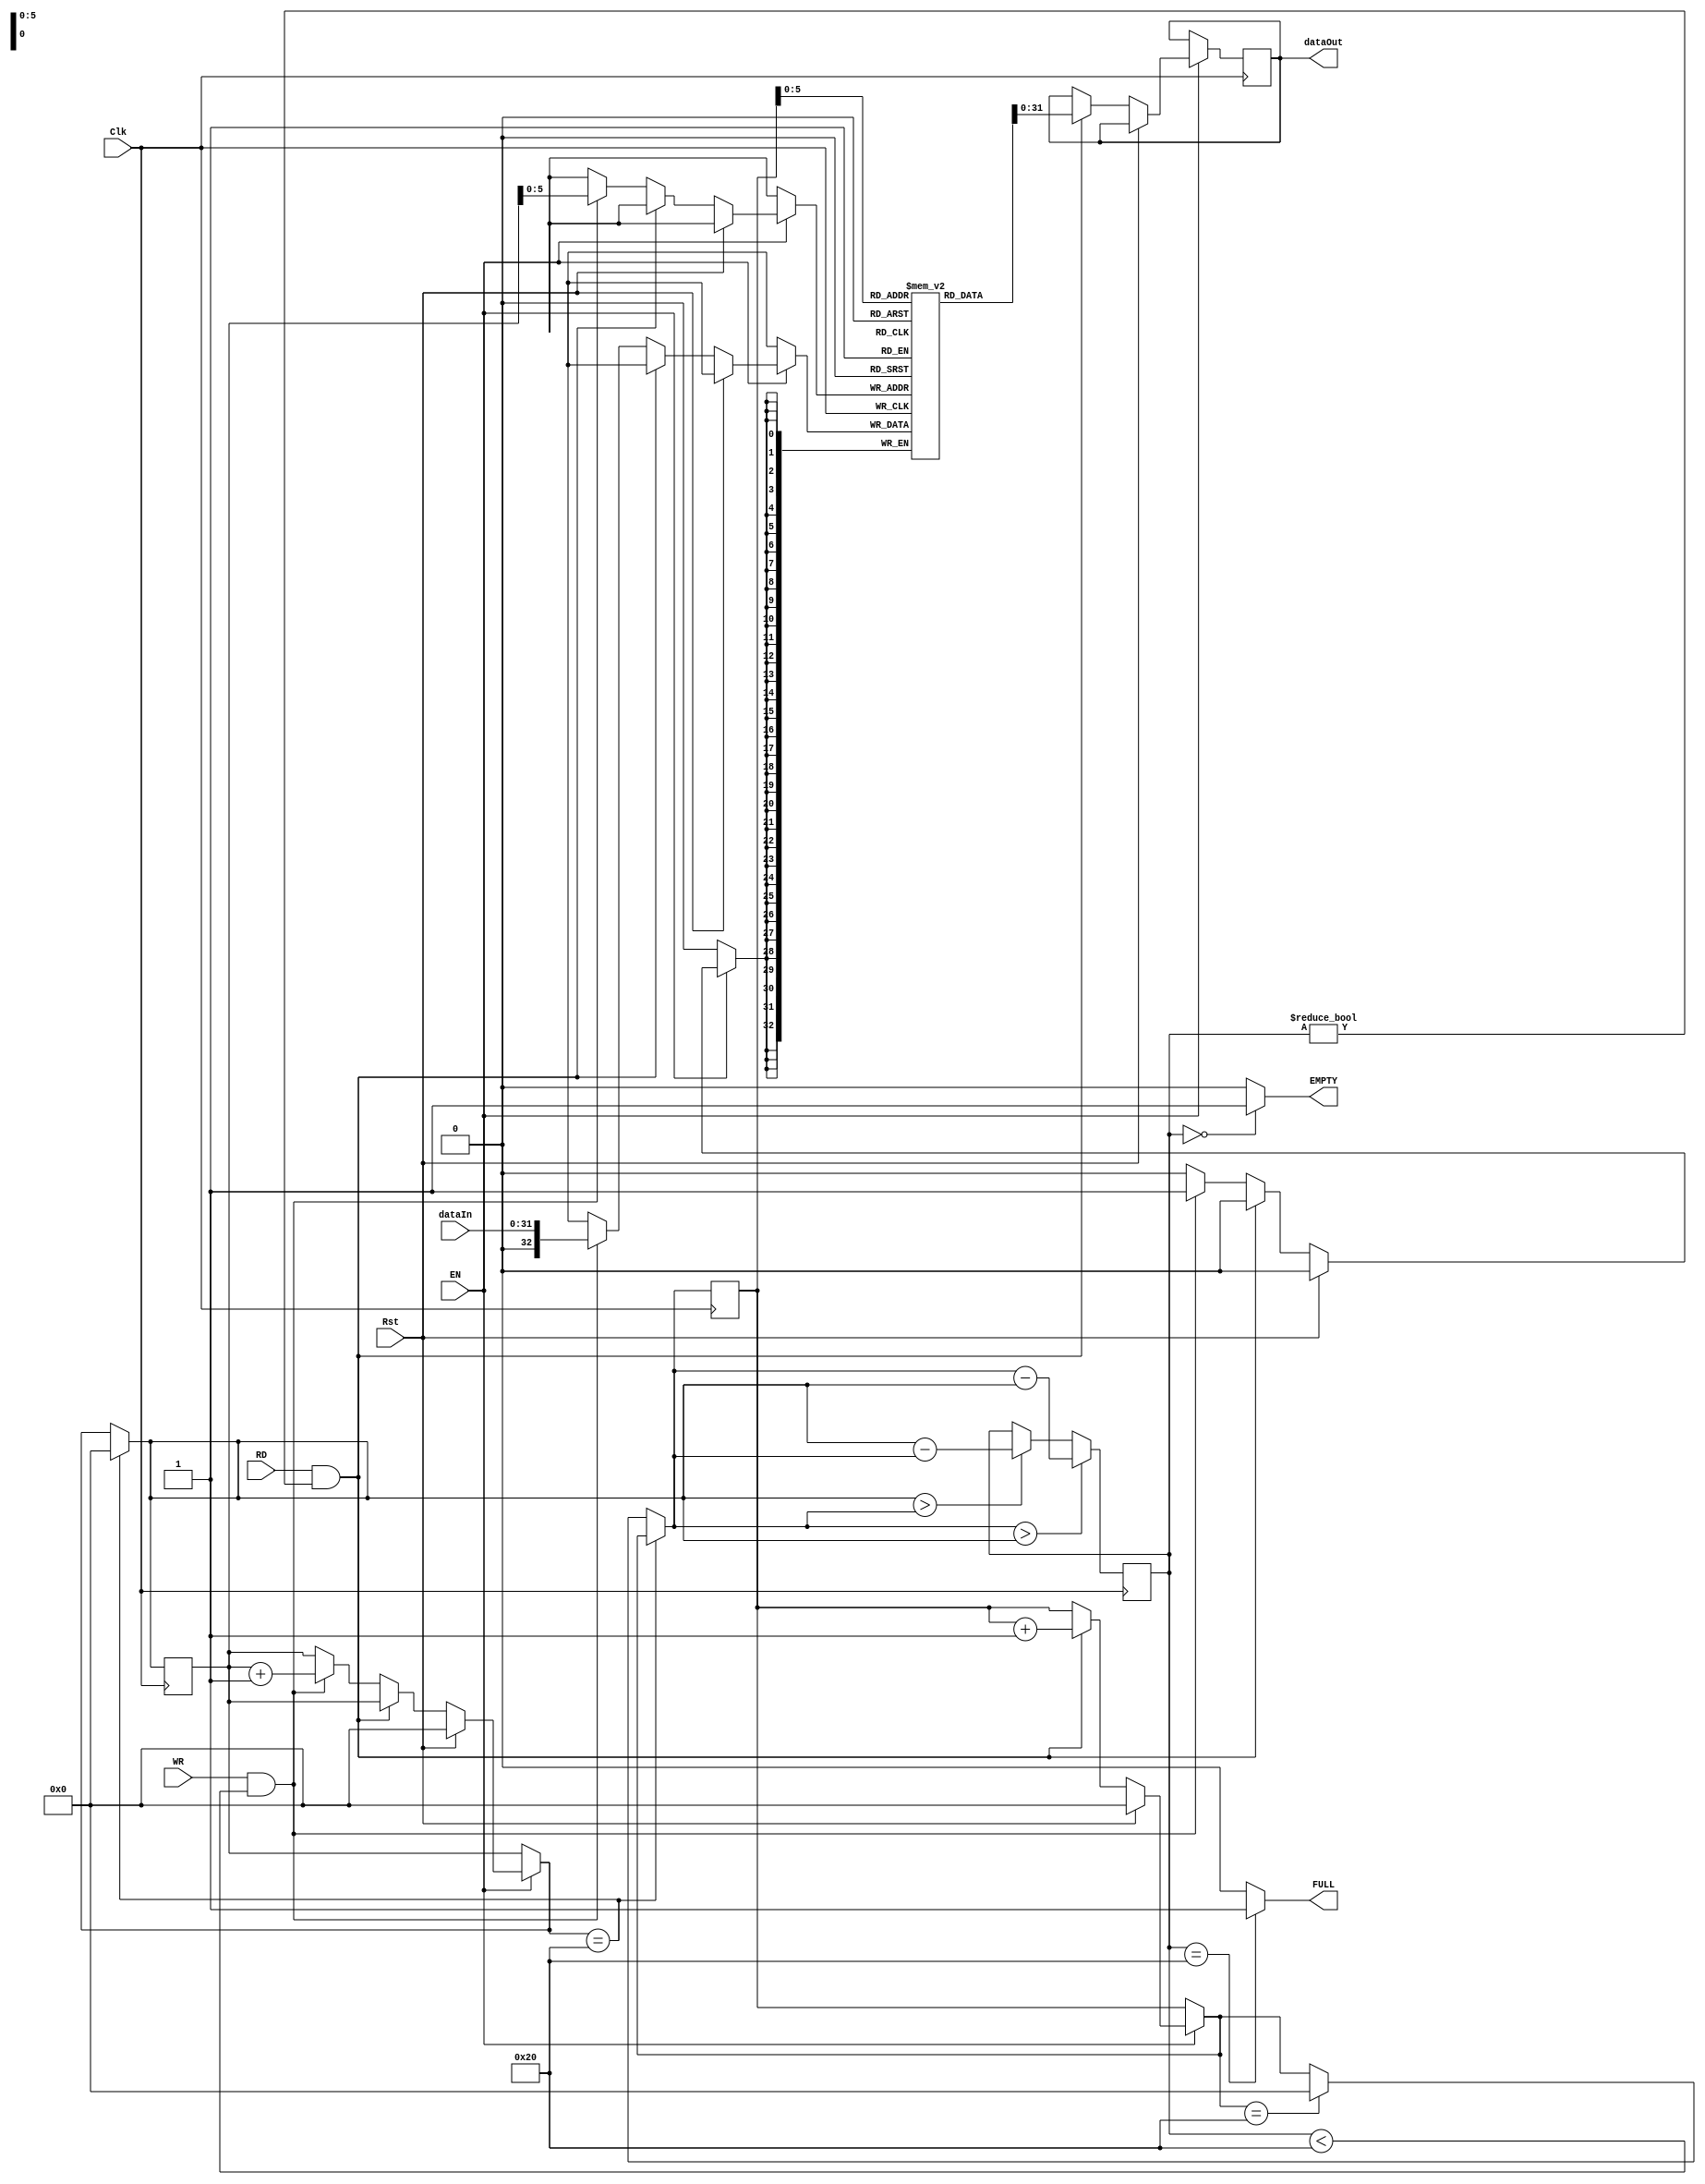
module FIFObuffer 
#(parameter data_size=32,
parameter data_alloc=32,
parameter rdwd_c_bit=($clog2(data_alloc)+1)
)

( Clk,dataIn,RD,WR,EN,dataOut,Rst,EMPTY,FULL); 


input  Clk,RD,WR,EN,Rst;
output  EMPTY, FULL;

input   [data_size-1:0] dataIn;
output reg [data_size-1:0] dataOut; // internal registers 

reg [rdwd_c_bit:0]  Count = 0; 
reg [data_size:0] FIFO [0:data_alloc]; 
reg [rdwd_c_bit:0]  readCounter = 0,writeCounter = 0; 

assign EMPTY = (Count==0)? 1'b1:1'b0; 
assign FULL = (Count==data_alloc)? 1'b1:1'b0; 

always @ (posedge Clk) 
begin 
 if (EN==0); 

 else
  begin 
  if (Rst) begin 
   readCounter = 0; 
   writeCounter = 0; 
  end 

  else if (RD ==1'b1 && Count!=0)
  begin 
   dataOut  = FIFO[readCounter]; 
   readCounter = readCounter+1; 
  end 

  else if (WR==1'b1 && Count<data_alloc) 
  begin
   FIFO[writeCounter]  = dataIn; 
   writeCounter  = writeCounter+1; 
  end 

  else; 
  end 

 if (writeCounter==data_alloc) 
  writeCounter=0; 
 else if (readCounter==data_alloc) 
  readCounter=0; 

 else;

 if (readCounter > writeCounter) 
 begin 
  Count=readCounter-writeCounter; 
 end 

 else if (writeCounter > readCounter) 
  Count=writeCounter-readCounter; 

 else;

end 

endmodule